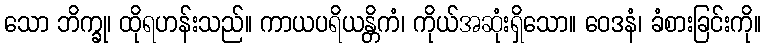
သော ဘိက္ခု၊ ထိုရဟန်းသည်။ ကာယပရိယန္တိကံ၊ ကိုယ်အဆုံးရှိသော။ ဝေဒနံ၊ ခံစားခြင်းကို။